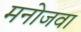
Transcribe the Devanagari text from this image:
मनोजवा